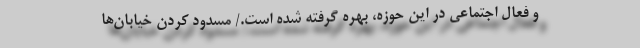
و فعال اجتماعى در اين حوزه، بهره گرفته شده است./ مسدود کردن خیابان‌ها